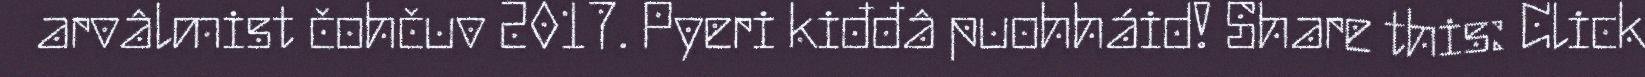
arvâlmist čohčuv 2017. Pyeri kiđđâ puohháid! Share this: Click